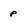
Character: p